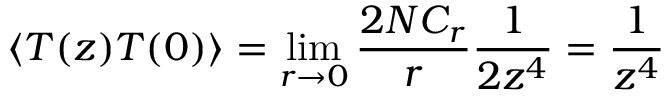
\langle T ( z ) T ( 0 ) \rangle = \operatorname * { l i m } _ { r \rightarrow 0 } \frac { 2 N { \cal C } _ { r } } { r } \frac { 1 } { 2 z ^ { 4 } } = \frac { 1 } { z ^ { 4 } }